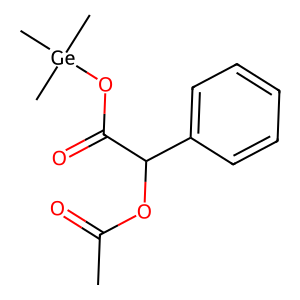
SMILES: CC(=O)OC(C(=O)O[Ge](C)(C)C)c1ccccc1
Inhibits HIV replication: No